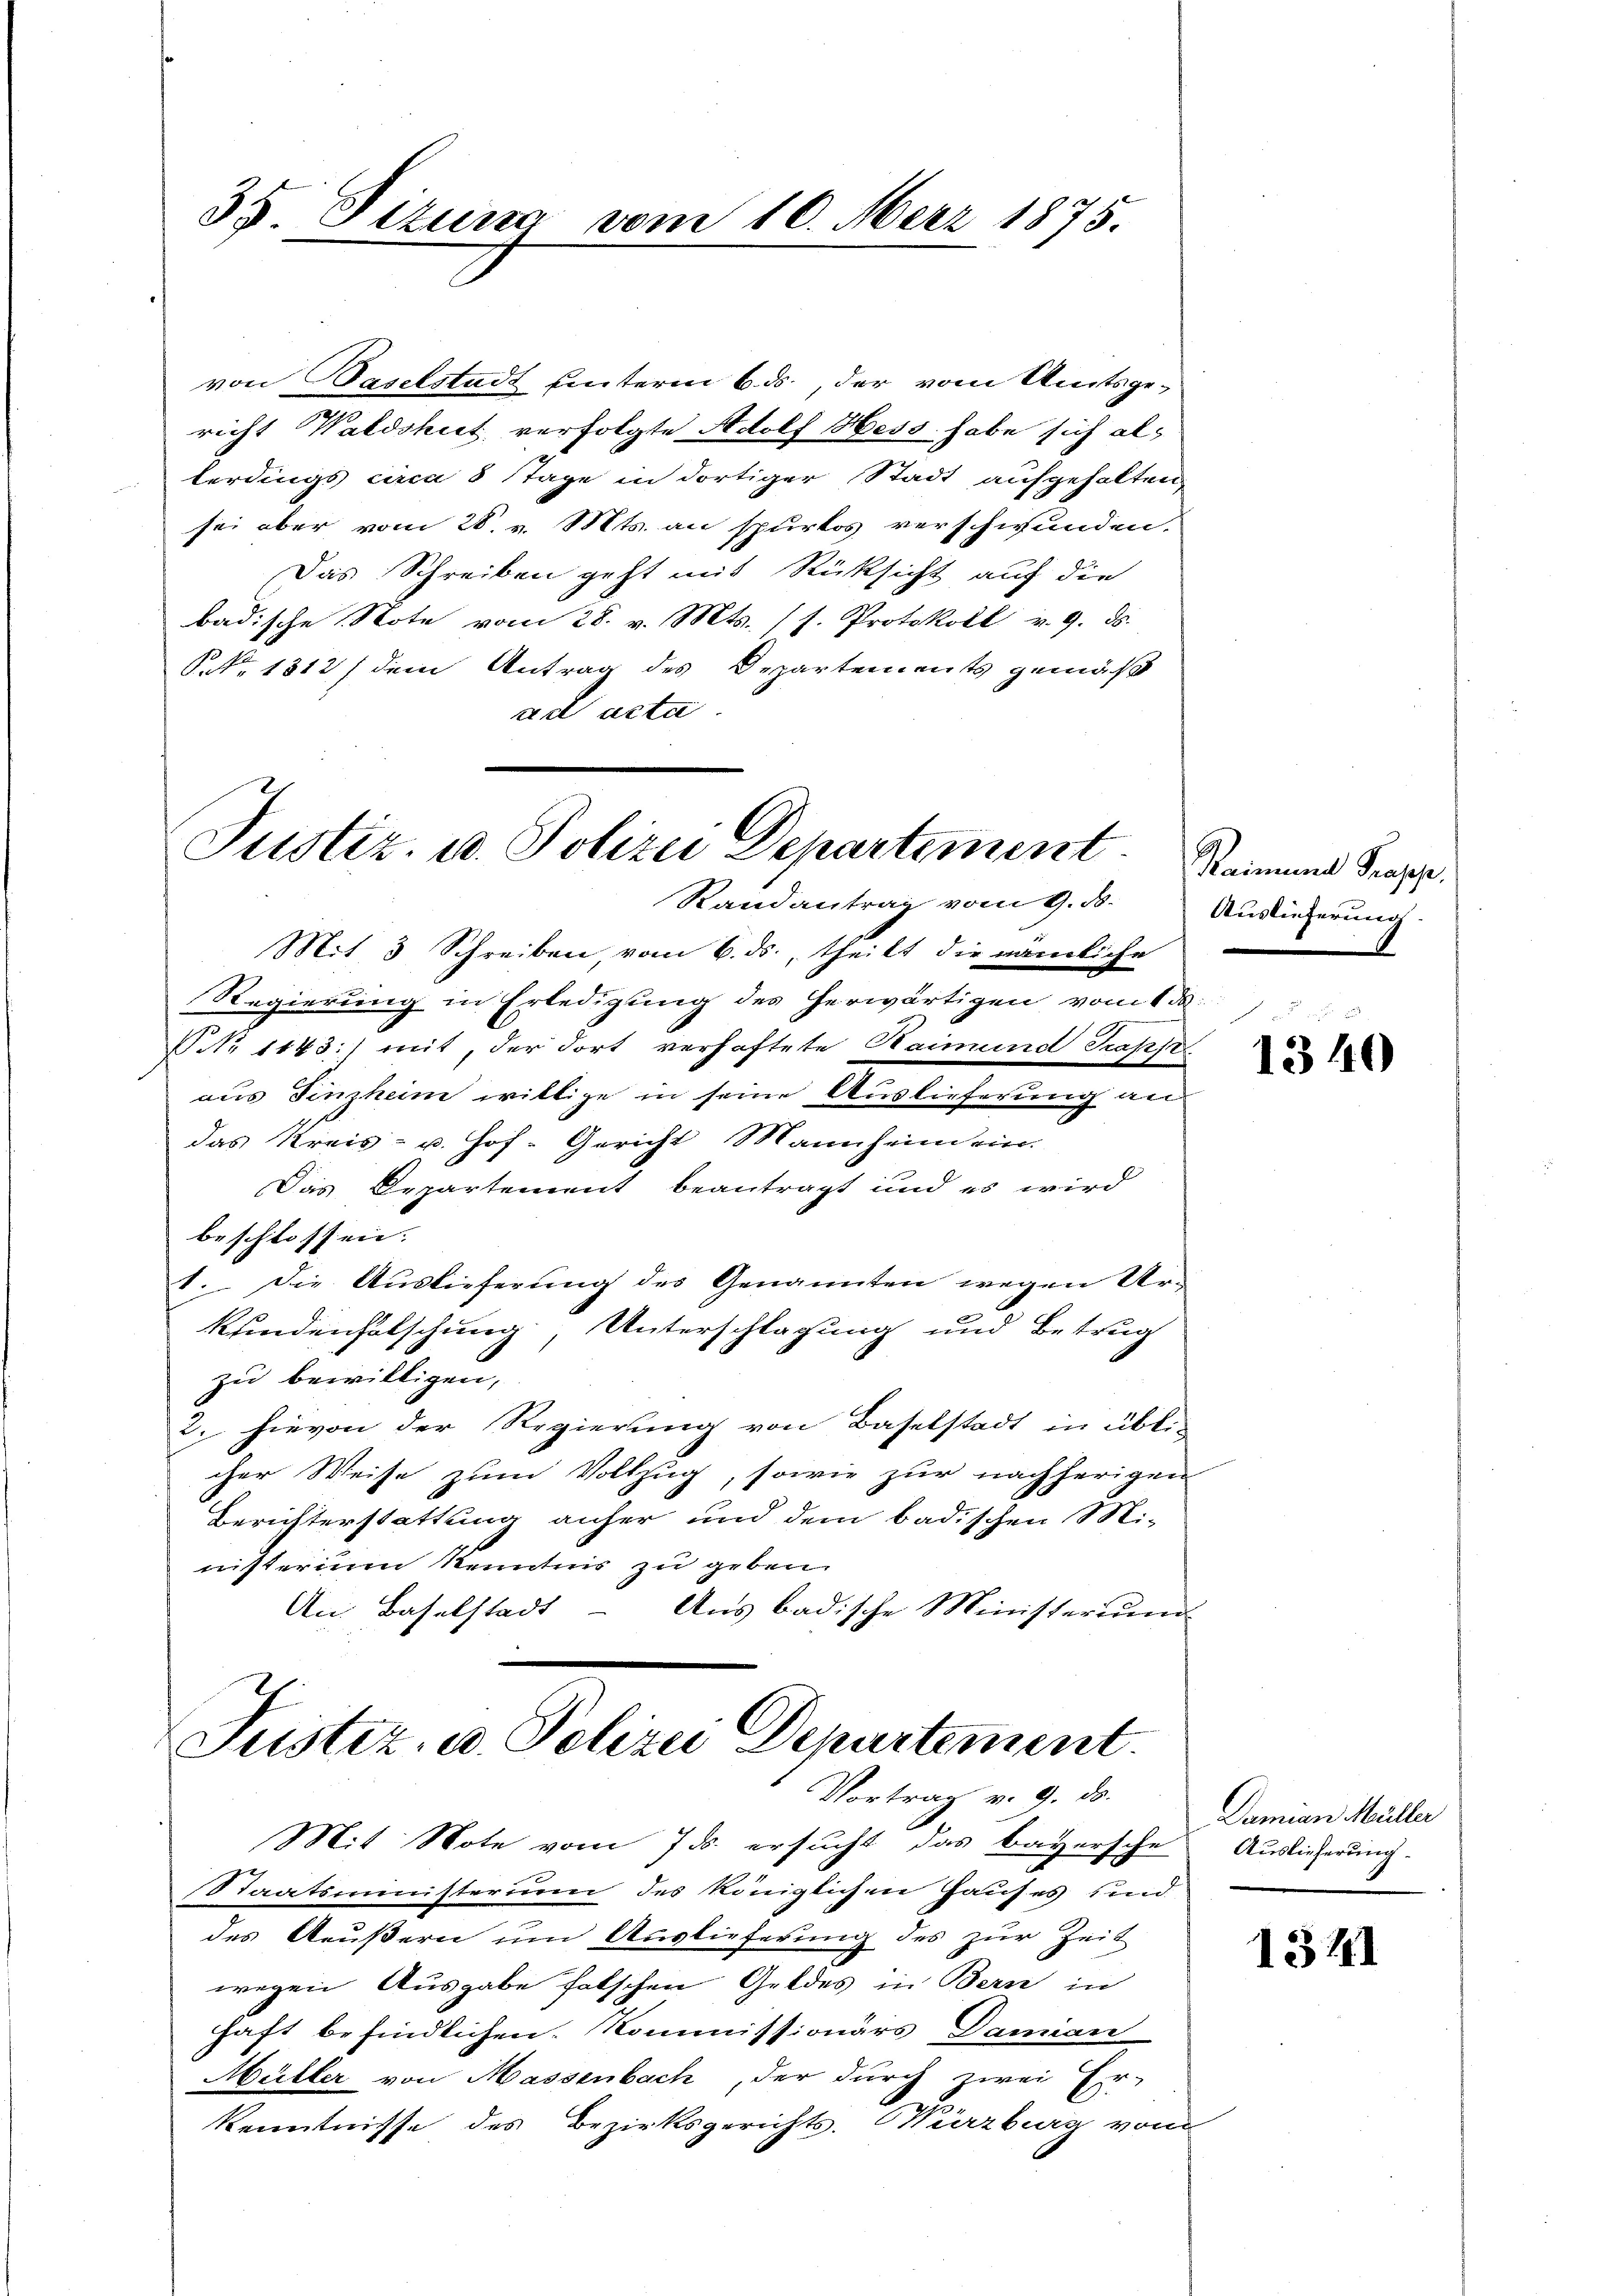
von Baselstadt unterm 6. ds., der vom Amtsge-
richt Waldshut verfolgte Adolf Hess habe sich al
terdings circa 8 Tage in dortiger Stadt aufgehalten,
sei aber vom 28. v. Mts. an spurlos verschwunden.
Das Schreiben geht mit Rücksicht auf die
badische Note vom 28. v. Mts. (s. Protokoll v. 9. ds.
Prk. 1312) dem Antrag des Departements gemäß
ad acta.

Mit 3 Schreiben, vom 6. ds., theilt die nämliche
Regierung in Erledigung des herwärtigen vom 15.
NNo 1143:) mit, der dort verhaftete Haimund Trasse
aus Finzheim willige in seine Auslieferung an
das Kreis- u. Hof-Gericht Mannheind ein.
Das Departement beantragt und es wird
beschlossen. |
1. Die Auslieferung des Genannten wegen Urkundenholschung, Unterschlagung und Betrug
zu bewilligen,
2. hievon der Regierung von Baselstadt in übli-
cher Weise zum Vollzug, sowie zur nachherigen
Berichterstattung anher und dem badischen Mi-
nisterium kenntnis zu geben.
An: Baselstadt - Aus badische Ministerium

35. Sizurm vom 10. Merz 1875.

Justiz, u. Polizei Departement
Randantrag vom 9. d. Auslieferung

Justiz- u. Polizei Departement.
Vortrag v. 9. ds.

Mit Note vom 7 ds. ersucht, das bayersche
Staatsministerium des königlichen Hauses sind
des Aeußern um Auslieferung des zur Zeit
wegen Ausgabe falschen Geldes in Bern in
haft befindlichen Kommissionärs Damian
Müller von Massenbach, der durch zwei Er-
Kenntnisse des Bezirksgerichts. Wirzburg vom

Raimund Prapp
.

1340

Damian Müller
Auslieferung.

1371